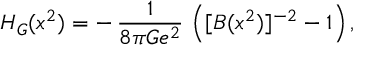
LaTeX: H _ { G } ( x ^ { 2 } ) = - \, { \frac { 1 } { 8 \pi G e ^ { 2 } } } \, \left( [ B ( x ^ { 2 } ) ] ^ { - 2 } - 1 \right) ,